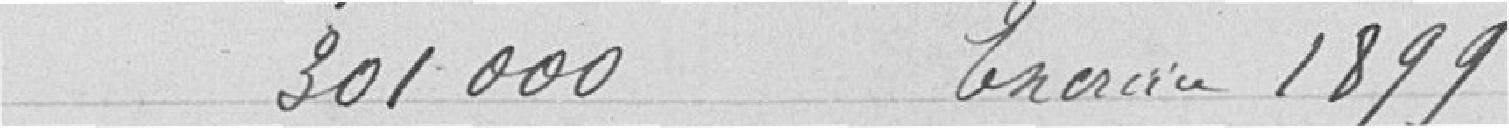
301000 Exercice 1899